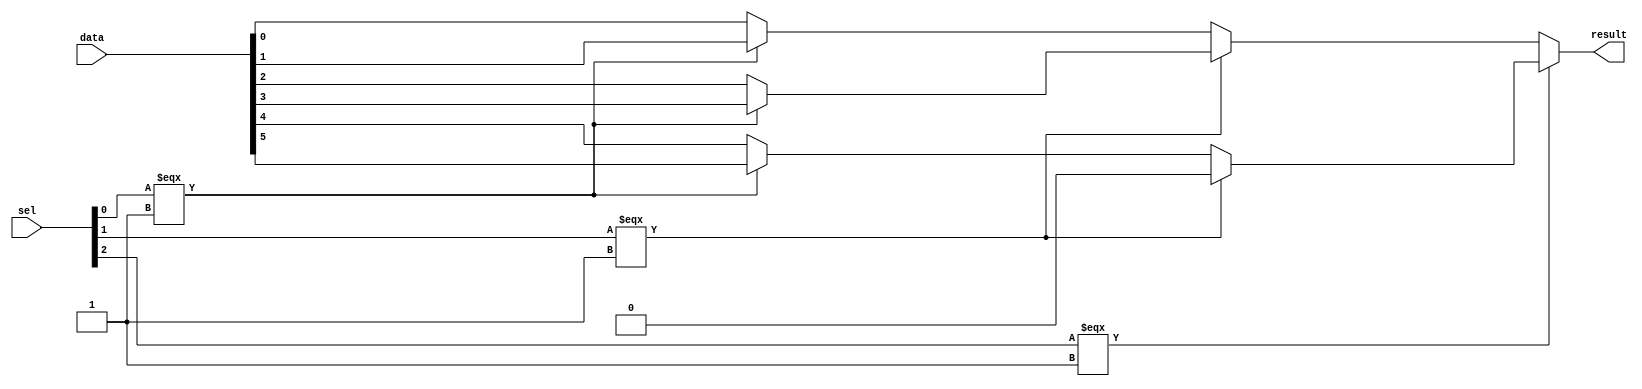
module  element_mux_1x6_mux
	( 
	data,
	result,
	sel) /* synthesis synthesis_clearbox=1 */;
	input   [5:0]  data;
	output   [0:0]  result;
	input   [2:0]  sel;
`ifndef ALTERA_RESERVED_QIS
// synopsys translate_off
`endif
	tri0   [5:0]  data;
	tri0   [2:0]  sel;
`ifndef ALTERA_RESERVED_QIS
// synopsys translate_on
`endif

	wire	wire_l1_w0_n0_mux_dataout;
	wire	wire_l1_w0_n1_mux_dataout;
	wire	wire_l1_w0_n2_mux_dataout;
	wire	wire_l1_w0_n3_mux_dataout;
	wire	wire_l2_w0_n0_mux_dataout;
	wire	wire_l2_w0_n1_mux_dataout;
	wire	wire_l3_w0_n0_mux_dataout;
	wire  [13:0]  data_wire;
	wire  [0:0]  result_wire_ext;
	wire  [8:0]  sel_wire;

	assign		wire_l1_w0_n0_mux_dataout = (sel_wire[0] === 1'b1) ? data_wire[1] : data_wire[0];
	assign		wire_l1_w0_n1_mux_dataout = (sel_wire[0] === 1'b1) ? data_wire[3] : data_wire[2];
	assign		wire_l1_w0_n2_mux_dataout = (sel_wire[0] === 1'b1) ? data_wire[5] : data_wire[4];
	assign		wire_l1_w0_n3_mux_dataout = (sel_wire[0] === 1'b1) ? data_wire[7] : data_wire[6];
	assign		wire_l2_w0_n0_mux_dataout = (sel_wire[4] === 1'b1) ? data_wire[9] : data_wire[8];
	assign		wire_l2_w0_n1_mux_dataout = (sel_wire[4] === 1'b1) ? data_wire[11] : data_wire[10];
	assign		wire_l3_w0_n0_mux_dataout = (sel_wire[8] === 1'b1) ? data_wire[13] : data_wire[12];
	assign
		data_wire = {wire_l2_w0_n1_mux_dataout, wire_l2_w0_n0_mux_dataout, wire_l1_w0_n3_mux_dataout, wire_l1_w0_n2_mux_dataout, wire_l1_w0_n1_mux_dataout, wire_l1_w0_n0_mux_dataout, {2{1'b0}}, data},
		result = result_wire_ext,
		result_wire_ext = {wire_l3_w0_n0_mux_dataout},
		sel_wire = {sel[2], {3{1'b0}}, sel[1], {3{1'b0}}, sel[0]};
endmodule
module element_mux_1x6 (
	data0,
	data1,
	data2,
	data3,
	data4,
	data5,
	sel,
	result)/* synthesis synthesis_clearbox = 1 */;

	input	  data0;
	input	  data1;
	input	  data2;
	input	  data3;
	input	  data4;
	input	  data5;
	input	[2:0]  sel;
	output	  result;

	wire [0:0] sub_wire0;
	wire  sub_wire8 = data0;
	wire  sub_wire7 = data1;
	wire  sub_wire6 = data2;
	wire  sub_wire5 = data3;
	wire  sub_wire4 = data4;
	wire [0:0] sub_wire1 = sub_wire0[0:0];
	wire  result = sub_wire1;
	wire  sub_wire2 = data5;
	wire [5:0] sub_wire3 = {sub_wire8, sub_wire7, sub_wire6, sub_wire5, sub_wire4, sub_wire2};

	element_mux_1x6_mux	element_mux_1x6_mux_component (
				.sel (sel),
				.data (sub_wire3),
				.result (sub_wire0));

endmodule